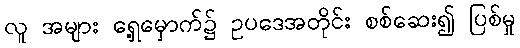
လူ အများ ရှေ့မှောက်၌ ဥပဒေအတိုင်း စစ်ဆေး၍ ပြစ်မှု